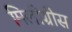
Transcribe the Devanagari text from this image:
मिलीग्रीस